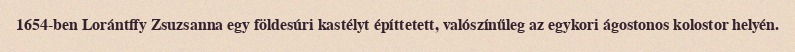
1654-ben Lorántffy Zsuzsanna egy földesúri kastélyt építtetett, valószínűleg az egykori ágostonos kolostor helyén.